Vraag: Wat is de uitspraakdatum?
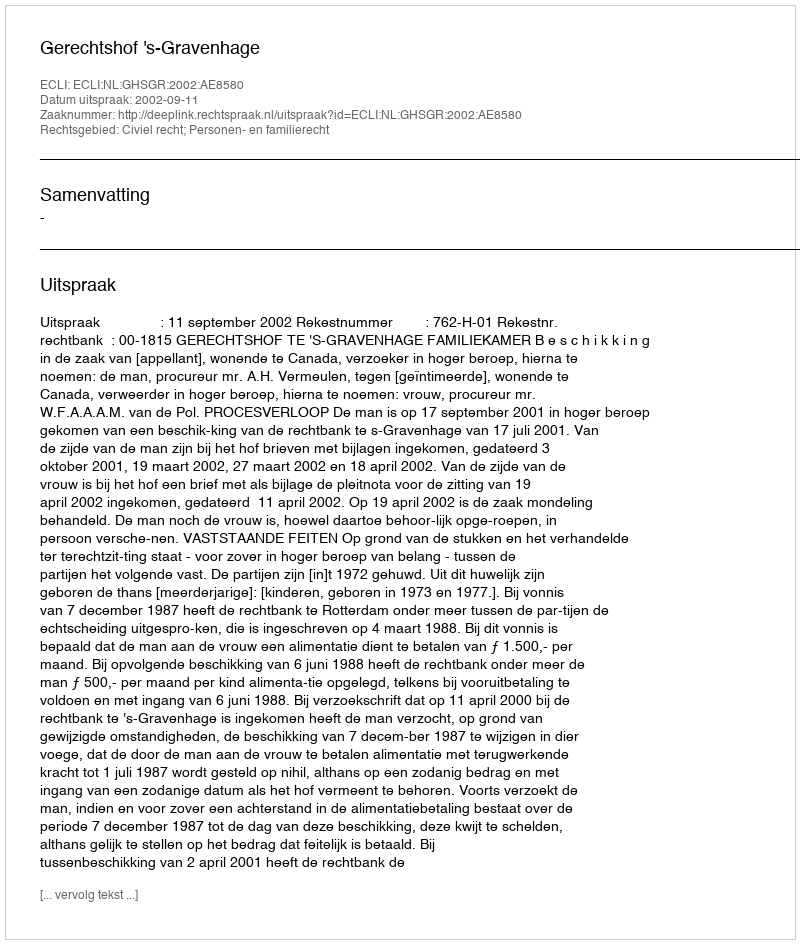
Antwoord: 2002-09-11